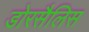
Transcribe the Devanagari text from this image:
डोरसैलिस